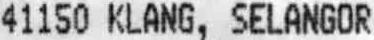
41150 KLANG, SELANGOR